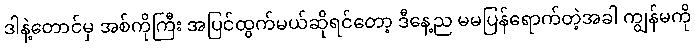
ဒါနဲ့တောင်မှ အစ်ကိုကြီး အပြင်ထွက်မယ်ဆိုရင်တော့ ဒီနေ့ည မမပြန်ရောက်တဲ့အခါ ကျွန်မကို